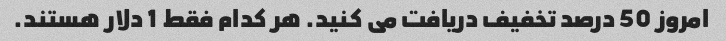
امروز 50 درصد تخفیف دریافت می کنید. هر کدام فقط 1 دلار هستند.